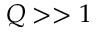
Q > > 1